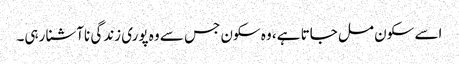
اسے سکون مل جاتا ہے، وہ سکون جس سے وہ پوری زندگی ناآشنا رہی۔